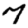
Digit: 7